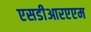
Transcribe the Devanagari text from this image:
एसडीआरएएम